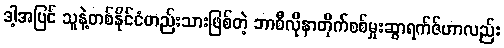
ဒါ့အပြင် သူနဲ့တစ်နိုင်ငံတည်းသားဖြစ်တဲ့ ဘာစီလိုနာတိုက်စစ်မှုးဆွာရက်ဇ်ဟာလည်း